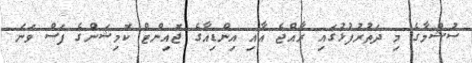
ސުޝްމާގެ މި ދަތުރުފުޅުގައި ރާއްޖެ އާއި އިންޑިއާގެ ޖޮއިންޓް ކޮމިޝަންގެ ފަސް ވަނަ